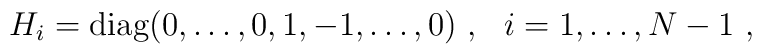
H_i={\rm diag}(0,\ldots,0,1,-1,\ldots,0)~,~~i=1,\ldots,N-1~,